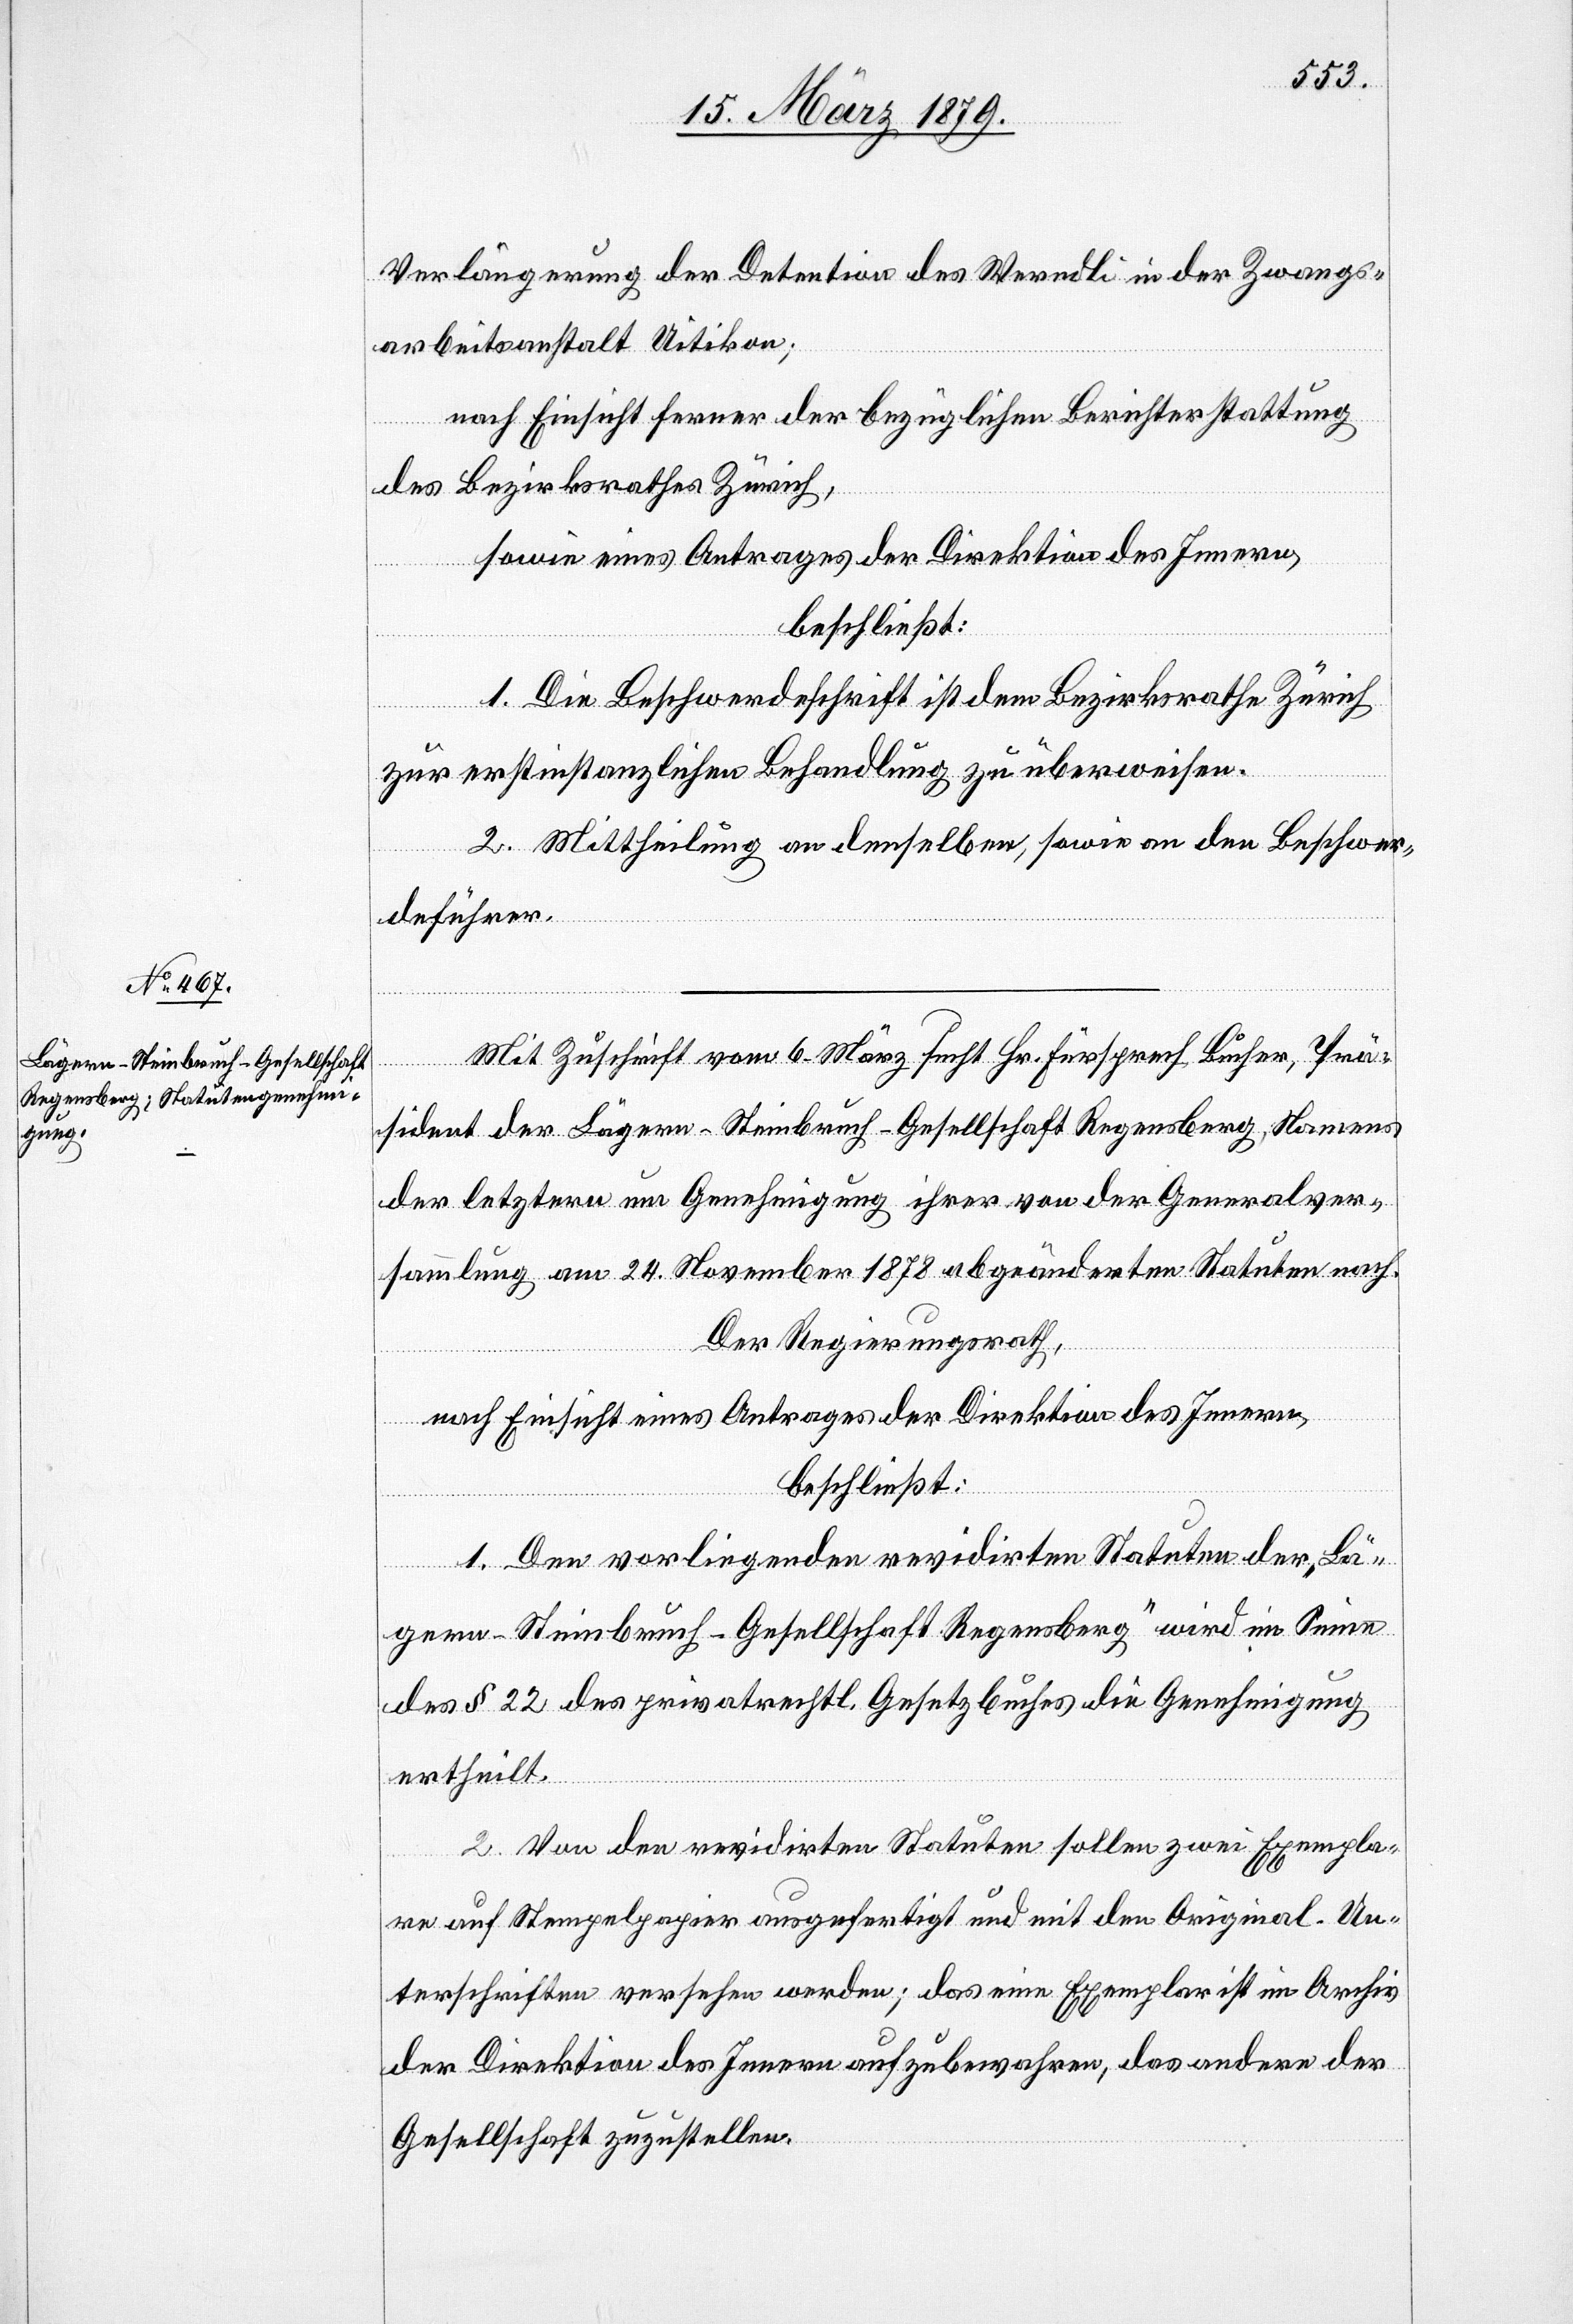
Verlängerung der Detention des Werndli in der Zwangs¬
arbeitsanstalt Uitikon;
nach Einsicht ferner der bezüglichen Berichterstattung
des Bezirksrathes Zürich,
sowie eines Antrages der Direktion des Innern,
beschließt:
1. Die Beschwerdeschrift ist dem Bezirksrathe Zürich
zur erstinstanzlichen Behandlung zu überweisen.
2. Mittheilung an denselben, sowie an den Beschwer¬
deführer.
Mit Zuschrift vom 6. März sucht Hr. Fürsprech Bucher, Prä¬
sident der Lägern-Steinbruch-Gesellschaft Regensberg, Namens
der letztern um Genehmigung ihrer von der Generalver¬
sammlung am 24. November 1878 abgeänderten Statuten nach.
Der Regierungsrath,
nach Einsicht eines Antrages der Direktion des Innern,
beschließt:
1. Den vorliegenden revidirten Statuten der „Lä¬
gern-Steinbruch-Gesellschaft Regensberg“ wird im Sinne
des § 22 des privatrechtl. Gesetzbuches die Genehmigung
ertheilt.
2. Von den revidirten Statuten sollen zwei Exempla¬
re auf Stempelpapier ausgefertigt und mit den Original-Un¬
terschriften versehen werden; das eine Exemplar ist im Archiv
der Direktion des Innern aufzubewahren, das andere der
Gesellschaft zuzustellen.